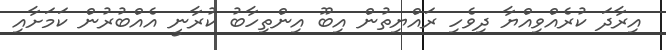
އިރާދަ ކުރެއްވިއްޔާ ދިވެހި ރައްޔިތުން އިބޫ އިންތިހާބު ކުރާނީ އެއްބުރުން ކަމަށާއި